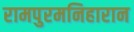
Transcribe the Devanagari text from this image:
रामपुरमनिहारान